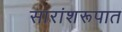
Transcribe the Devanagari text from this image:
सारांशरूपात